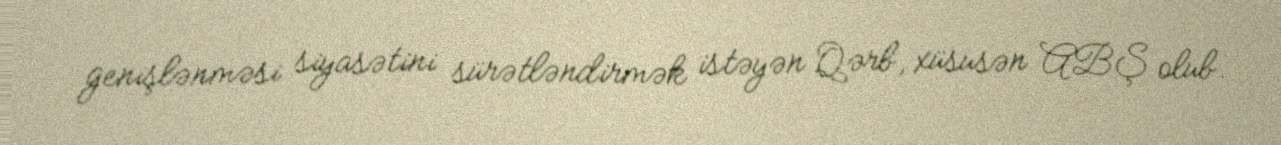
genişlənməsi siyasətini sürətləndirmək istəyən Qərb, xüsusən ABŞ olub.